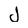
Character: J